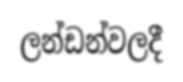
ලන්ඩන්වලදී